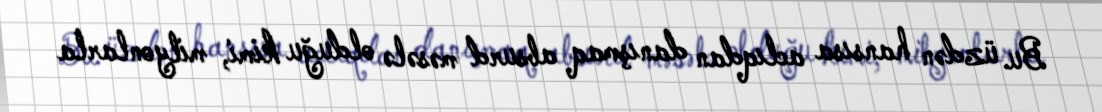
Bu üzdən hansısa aclıqdan danışmaq absurd məsələ olduğu kimi, milyonlarla